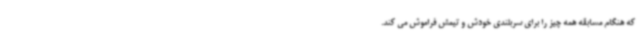
که هنگام مسابقه همه چیز را برای سربلندی خودش و تیمش فراموش می کند.